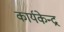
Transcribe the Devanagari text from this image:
कार्यकेन्द्र